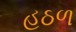
હઠળ